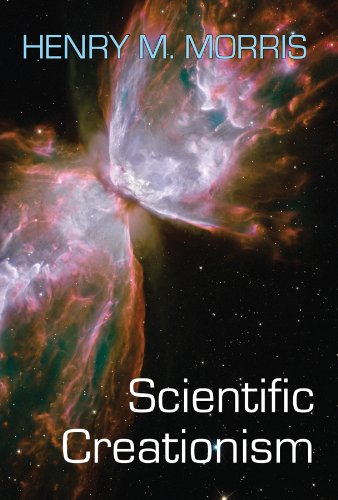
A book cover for Scientific Creationism; Henry M. Morris; Science & Math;